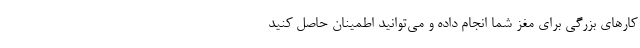
کارهای بزرگی برای مغز شما انجام داده و می‌توانید اطمینان حاصل کنید